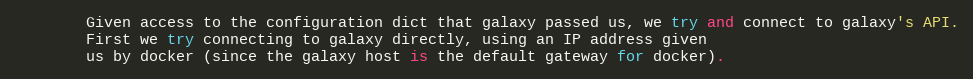
Language: Python
        Given access to the configuration dict that galaxy passed us, we try and connect to galaxy's API.
        First we try connecting to galaxy directly, using an IP address given
        us by docker (since the galaxy host is the default gateway for docker).